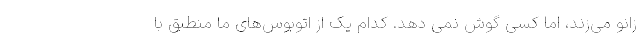
زانو می‌زند، اما کسی گوش نمی دهد. کدام یک از اتوبوس‌های ما منطبق با